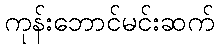
ကုန်းဘောင်မင်းဆက်